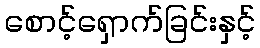
စောင့်ရှောက်ခြင်းနှင့်